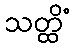
သတ္ထိံ